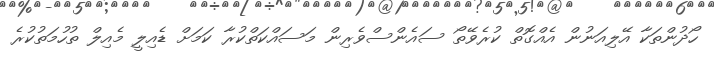
ހޯދުންތަކާ އޭލިއަނުން އެއްގޮތް ކުރެވޭތޯ ސައެންސްވެރިން މަސައްކަތްކުރާ ކަމަށް ޑެއިލީ މެއިލް ތުހުމަތުކުރެ